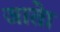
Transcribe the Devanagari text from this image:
जातेा